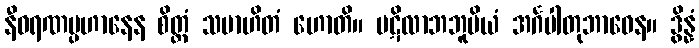
နီဝရဏပ္ပဟာနေန စိတ္တံ သမာဟိတံ ဟောတိ။ ပဋိလာဘဘူမိယံ အင်္ဂပါတုဘာဝေန။ ဒွိန္နံ